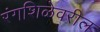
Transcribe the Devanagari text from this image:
रंगशिळेवरील